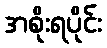
အစိုးရပိုင်း